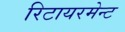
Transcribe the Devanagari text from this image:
रिटायरमेन्ट